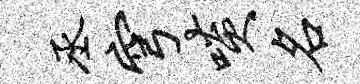
丞穹啖名